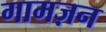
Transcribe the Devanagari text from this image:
गामज़न